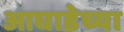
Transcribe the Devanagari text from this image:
आघाडेच्या